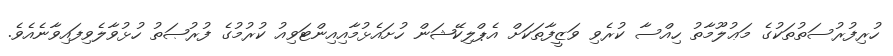
ހުރިފުރުސަތުތަކުގެ މަޢުލޫމާތު ހިއްސާ ކުރެވި ވަޒީފާތަކަށް އެޕްލިކޭޝަން ހުށައެޅުމާއިއިންޓަވިއު ކުރުމުގެ ފުރުޞަތު ހުޅުވާލެވިފައިވާނެއެވެ.